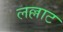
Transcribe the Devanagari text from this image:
लल्लाट